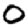
Digit: 0